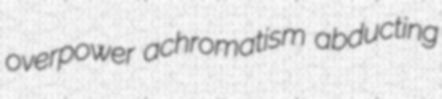
overpower achromatism abducting